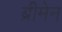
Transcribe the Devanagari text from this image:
ब्रीमेन